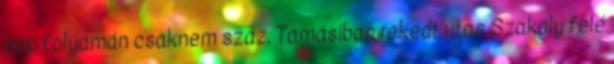
nap folyamán csaknem száz, Tamásiban rekedt utas Szakály felé